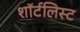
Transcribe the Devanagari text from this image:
शॉर्टलिस्ट